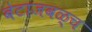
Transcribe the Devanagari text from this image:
बेटाजवळ्च